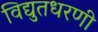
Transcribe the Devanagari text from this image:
विद्युतधरणी